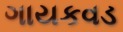
ગાયકવડ